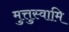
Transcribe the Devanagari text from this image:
मुत्तुस्वामि